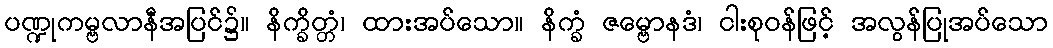
ပဏ္ဍုကမ္ဗလာနီအပြင်၌။ နိက္ခိတ္တံ၊ ထားအပ်သော။ နိက္ခံ ဇမ္ဗောနဒံ၊ ငါးစုဝန်ဖြင့် အလွန်ပြုအပ်သော